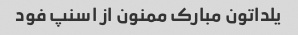
یلداتون مبارک ممنون از اسنپ فود